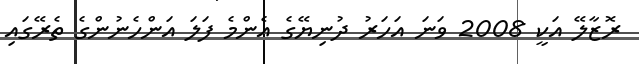
ރޮޒާލޭ އަކީ 2008 ވަނަ އަހަރު ދުނިޔޭގެ އެންމެ ފަލަ އަންހެނުންގެ ތެރޭގައި